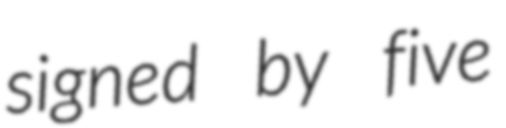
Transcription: signed by five